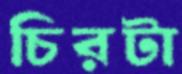
চিরটা